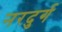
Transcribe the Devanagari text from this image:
नरदुर्ग